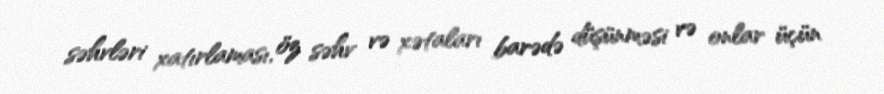
səhvləri xatırlaması, öz səhv və xətaları barədə düşünməsi və onlar üçün